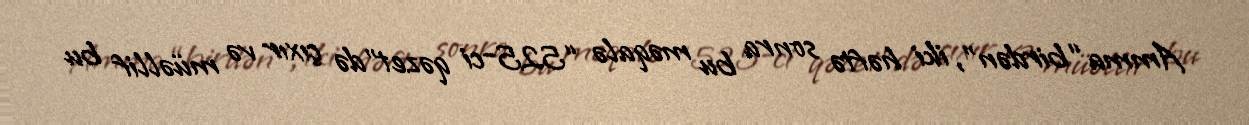
Amma “birdən”, iki həftə sonra bu məqalə “525-ci qəzet”də çıxır və müəllif bu